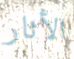
الأثار